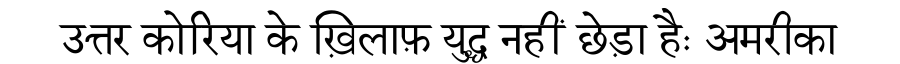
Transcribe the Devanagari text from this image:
उत्तर कोरिया के ख़िलाफ़ युद्ध नहीं छेड़ा हैः अमरीका